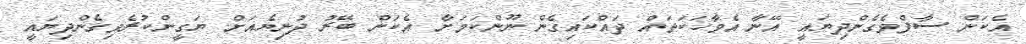
އެކަން ސާފްވެގެންދިޔައީ އޭނާ އެވާހަކަތައް ދައްކައިގެން ނޫންކަމަށާ އެކަން ބޭރު ދުނިޔެއަށް ޔަގީންކުރެވިގެންދިޔައީ